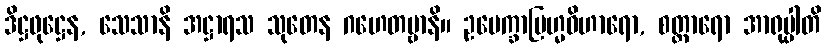
ဒိဋ္ဌဖုဋ္ဌေန, သေသာနိ အဋ္ဌာရသ သုတေန ဂဟေတဗ္ဗာနိ။ ဥပေက္ခာဗြဟ္မဝိဟာရော, စတ္တာရော အာရုပ္ပါတိ